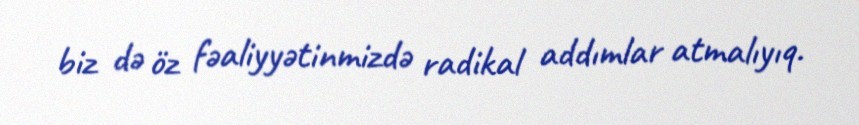
biz də öz fəaliyyətinmizdə radikal addımlar atmalıyıq.